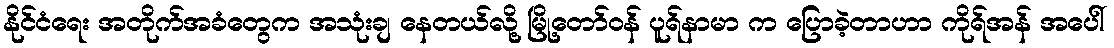
နိုင်ငံရေး အတိုက်အခံတွေက အသုံးချ နေတယ်လို့ မြို့တော်ဝန် ပူရ်နာမာ က ပြောခဲ့တာဟာ ကိုရ်အန် အပေါ်